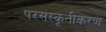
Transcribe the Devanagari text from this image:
परसंस्कृतीकरण